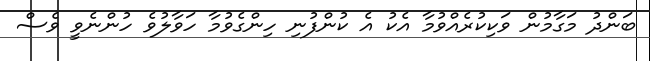
ބަންދު މަގާމުން ވަކިކުރެއްވުމާ އެކު އެ ކުންފުނި ހިންގެވުމާ ހަވާލުވެ ހުންނެވީ ވެސް